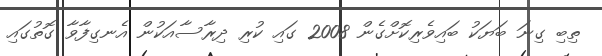
ތިބި ގިނަ ބަޔަކު ބައިވެރިކޮށްގެން 2008 ގައި ކުރި ދިރާސާއަކުން އެނގިފާވާ ގޮތުގައި